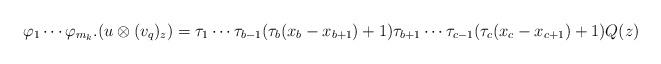
LaTeX: \begin{align*} \varphi_1 \cdots \varphi_{m_k}.(u \otimes (v_q)_z) = \tau_1 \cdots \tau_{b-1} (\tau_b (x_b - x_{b+1}) +1) \tau_{b+1} \cdots \tau_{c-1} (\tau_c (x_c - x_{c+1}) +1) Q(z)\end{align*}